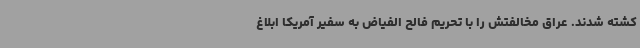
کشته شدند. عراق مخالفتش را با تحریم فالح الفیاض به سفیر آمریکا ابلاغ